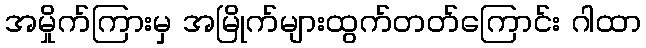
အမှိုက်ကြားမှ အမြိုက်များထွက်တတ်ကြောင်း ဂါထာ